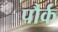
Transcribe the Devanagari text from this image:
पौर्क